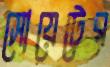
সোয়েটের